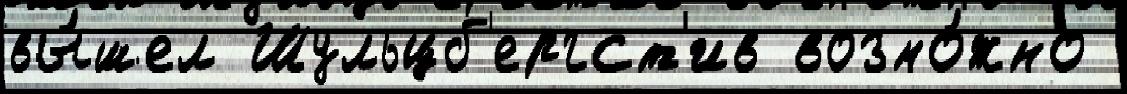
вы́шел Шульцб'ергст'ив возмо́жно